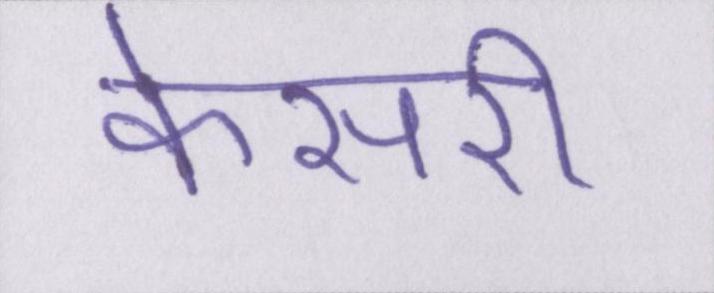
केसरी